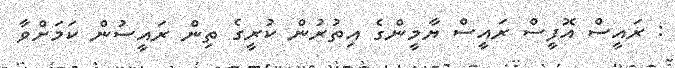
: ރައީސް އޮފީސް ރައީސް ޔާމީންގެ އިތުރުން ކުރީގެ ތިން ރައީސުން ކަމަށްވާ